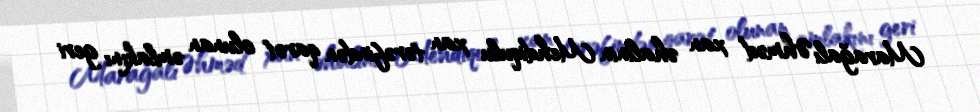
Marağalı Əhməd xan əhalinin Mehdiqulu xan tərəfindən qarət olunan əmlakını geri